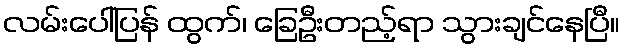
လမ်းပေါ်ပြန် ထွက်၊ ခြေဦးတည့်ရာ သွားချင်နေပြီ။